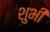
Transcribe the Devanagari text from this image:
शुभी